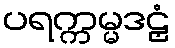
ပရက္ကမ္မဒဠှံ